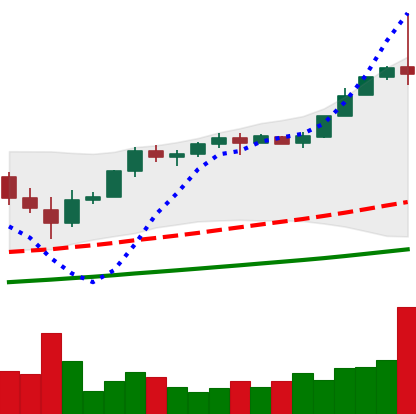
Ticker: BTC-USD
Chart end date: 2017-11-29
Forward return: 17.885%
Label: up_7plus